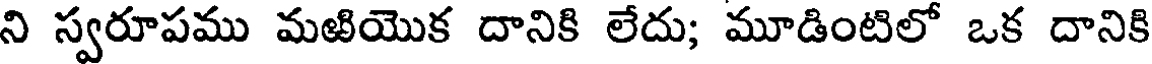
ని స్వరూపము మఱియొక దానికి లేదు; మూడింటిలో ఒక దానికి